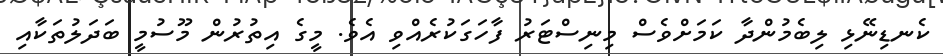
ކެނޑިނޭޅި ލިބެމުންދާ ކަމަށްވެސް މިނިސްޓަރު ފާހަގަކުރެއްވި އެވެ. މީގެ އިތުރުން މޫސުމީ ބަދަލުތަކާއި